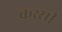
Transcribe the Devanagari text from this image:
कस्सी